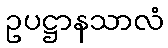
ဥပဋ္ဌာနသာလံ